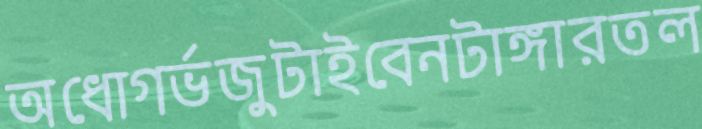
অধোগর্ভজুটাইবেনটাঙ্গারতল